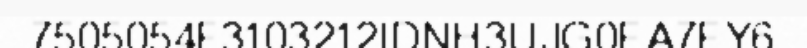
7505054F3103212IDNH3UJG0EA7EY6